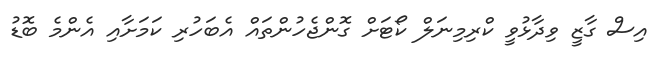
އިސް ގާޒީ ވިދާޅުވީ ކްރިމިނަލް ކޯޓަށް ގޮންޖެހުންތައް އެބަހުރި ކަމަށާއި އެންމެ ބޮޑު